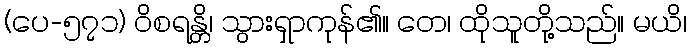
(ပေ-၅၇၁) ဝိစရန္တိ၊ သွားရှာကုန်၏။ တေ၊ ထိုသူတို့သည်။ မယိ၊